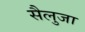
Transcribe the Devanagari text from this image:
सैलुजा